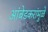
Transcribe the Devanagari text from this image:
आंबेडकरांमुळे